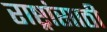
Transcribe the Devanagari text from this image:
राष्ट्रांसाठी